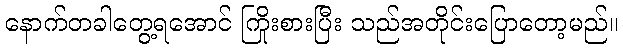
နောက်တခါတွေ့ရအောင် ကြိုးစားပြီး သည်အတိုင်းပြောတော့မည်။